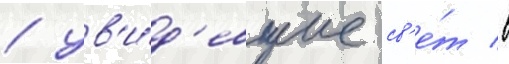
/ ув'и́д'евшие св'е́т в